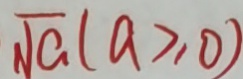
\sqrt { a } ( a \geq 0 )